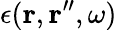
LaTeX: \epsilon(\mathbf{r},\mathbf{r}^{\prime\prime},\omega)